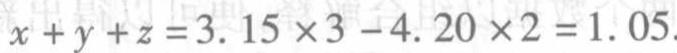
$x + y + z = 3.15\times3 - 4.20\times2 = 1.05$